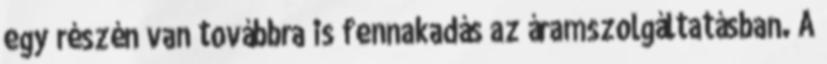
egy részén van továbbra is fennakadás az áramszolgáltatásban. A